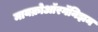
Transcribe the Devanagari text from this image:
मायक्रोऑरगॅनिझम